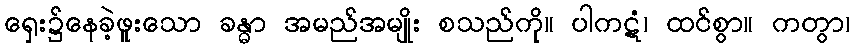
ရှေး၌နေခဲ့ဖူးသော ခန္ဓာ အမည်အမျိုး စသည်ကို။ ပါကဋံ၊ ထင်စွာ။ ကတွာ၊